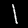
Digit: 1